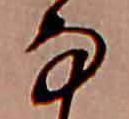
な